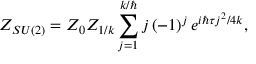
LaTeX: Z _ { S U ( 2 ) } = Z _ { 0 } Z _ { 1 / k } \sum _ { j = 1 } ^ { k / \hbar } j \, ( - 1 ) ^ { j } \, e ^ { i \hbar \tau j ^ { 2 } / 4 k } ,